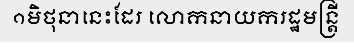
១មិថុនានេះដែរ លោកនាយករដ្ឋមន្ត្រី